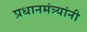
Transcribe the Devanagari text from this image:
प्रधानमंत्र्यांनी